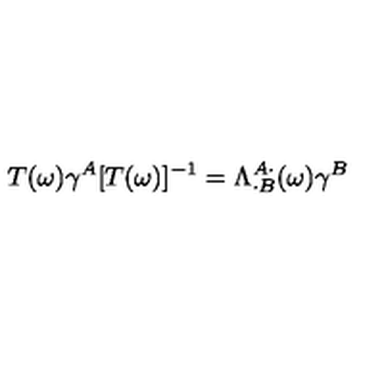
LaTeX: T ( \omega ) \gamma ^ { A } [ T ( \omega ) ] ^ { - 1 } = \Lambda _ { \cdot B } ^ { A \cdot } ( \omega ) \gamma ^ { B }